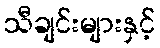
သီချင်းများနှင့်